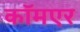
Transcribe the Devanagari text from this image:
कॉमएर